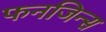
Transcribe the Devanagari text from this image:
फनजिन्स